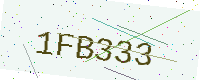
Text: 1FB333